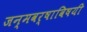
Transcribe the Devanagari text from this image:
जन्मवर्षाविषयी